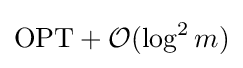
\mathrm {OPT} +{\mathcal {O}}(\log ^{2}m)